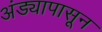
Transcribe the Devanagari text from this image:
अंड्यापासून